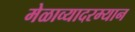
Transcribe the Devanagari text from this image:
मेळाव्यादरम्यान